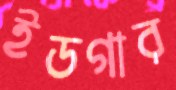
ইডগার